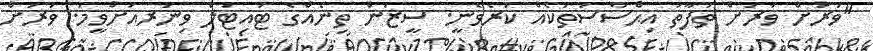
"ވަރަށް ވަރަށް ތަފާތު އިޙްސާސުތަކެއް ކުރެވެނީ. ސީޒަން ތިނެއްގެ ޓައިޓަލް ވިނަރއަށްވީމަ. ވަރަށް